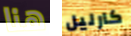
هنا كارليل